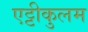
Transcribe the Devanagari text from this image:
एट्टीकुलम